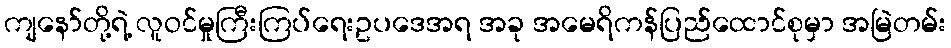
ကျနော်တို့ရဲ့ လူဝင်မှုကြီးကြပ်ရေးဥပဒေအရ အခု အမေရိကန်ပြည်ထောင်စုမှာ အမြဲတမ်း